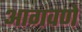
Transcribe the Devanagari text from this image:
आगवणे